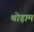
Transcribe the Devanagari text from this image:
थोड़ाम